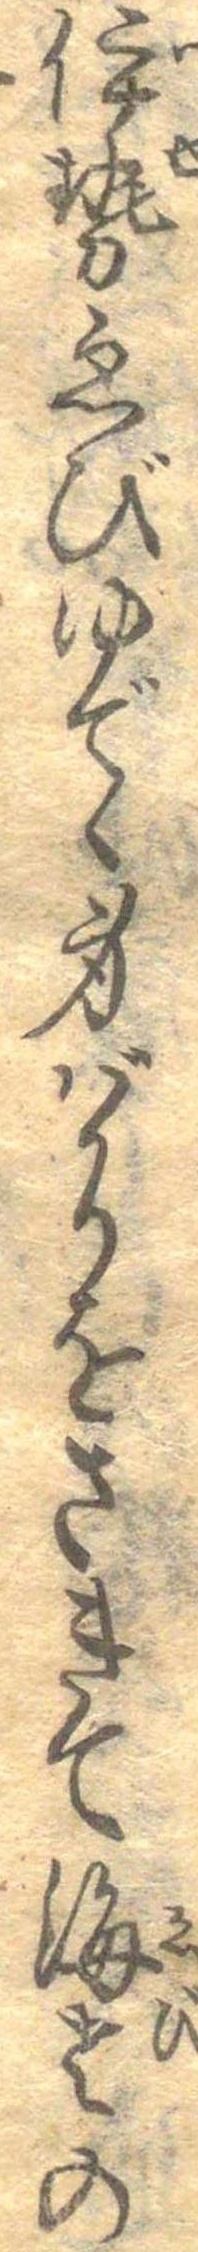
伊勢ゑびゆでゝ身ばかりをさきて海老の